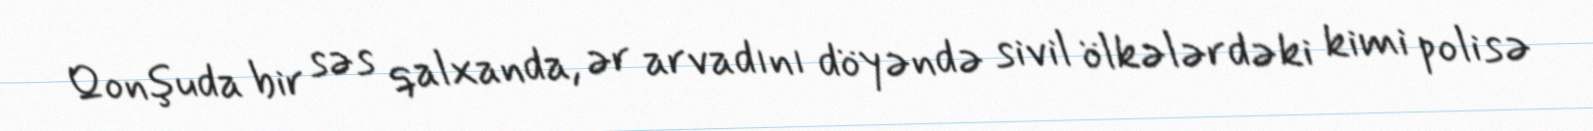
Qonşuda bir səs qalxanda, ər arvadını döyəndə sivil ölkələrdəki kimi polisə